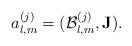
LaTeX: \begin{align*}a_{l,m}^{(j)}=(\mathcal{B}_{l,m}^{(j)},\mathbf{J}).\end{align*}